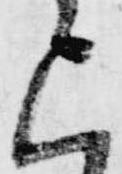
上